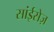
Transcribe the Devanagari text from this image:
सांईसेज़